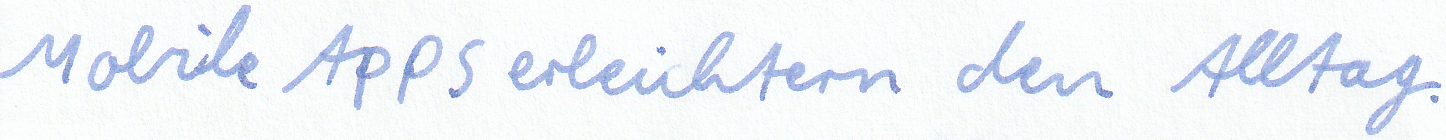
Mobile Apps erleichtern den Alltag.